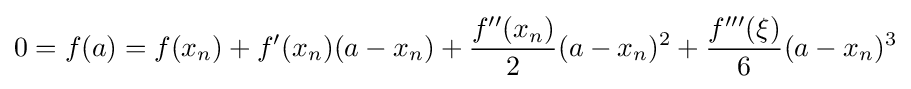
0=f(a)=f(x_{n})+f'(x_{n})(a-x_{n})+{\frac {f''(x_{n})}{2}}(a-x_{n})^{2}+{\frac {f'''(\xi )}{6}}(a-x_{n})^{3}